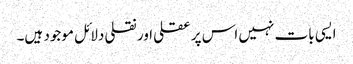
ایسی بات نہیں اس پر عقلی اور نقلی دلائل موجود ہیں۔